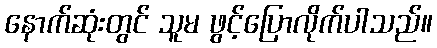
နောက်ဆုံးတွင် သူမ ဖွင့်ပြောလိုက်ပါသည်။